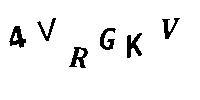
4VRGKV